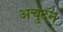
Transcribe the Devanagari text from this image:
अचुदन